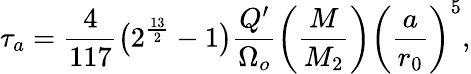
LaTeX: \tau_{a}=\frac{4}{117}\big(2^{\frac{13}{2}}-1\big)\frac{Q^{\prime}}{\Omega_{o}}\bigg(\frac{M}{M_{2}}\bigg)\bigg(\frac{a}{r_{0}}\bigg)^{5},